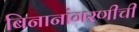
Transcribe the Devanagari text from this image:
बिनानांगरणीची